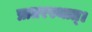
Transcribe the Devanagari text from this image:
प्रातरस्थात्।